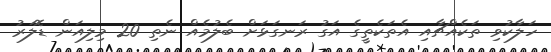
ހަލާކުވި ތަކެއްޗާއި އެތަކެތީގެ އަގު ރަނގަޅަށް ބެލުމެއް ނެތި 20 މިލިއަން ޑޮލަރު